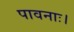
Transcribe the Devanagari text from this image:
पावनाः।